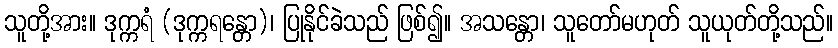
သူတို့အား။ ဒုက္ကရံ (ဒုက္ကရန္တော)၊ ပြုနိုင်ခဲသည် ဖြစ်၍။ အသန္တော၊ သူတော်မဟုတ် သူယုတ်တို့သည်။